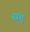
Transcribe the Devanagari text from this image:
संगु